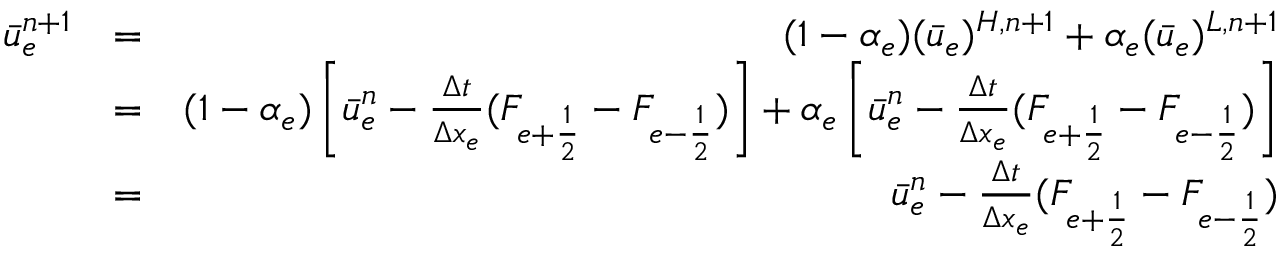
\begin{array} { r l r } { \bar { u } _ { e } ^ { n + 1 } } & { = } & { ( 1 - \alpha _ { e } ) ( \bar { u } _ { e } ) ^ { H , n + 1 } + \alpha _ { e } ( \bar { u } _ { e } ) ^ { L , n + 1 } } \\ & { = } & { ( 1 - \alpha _ { e } ) \left[ \bar { u } _ { e } ^ { n } - \frac { \Delta t } { \Delta x _ { e } } ( F _ { e + \frac { 1 } { 2 } } - F _ { e - \frac { 1 } { 2 } } ) \right] + \alpha _ { e } \left[ \bar { u } _ { e } ^ { n } - \frac { \Delta t } { \Delta x _ { e } } ( F _ { e + \frac { 1 } { 2 } } - F _ { e - \frac { 1 } { 2 } } ) \right] } \\ & { = } & { \bar { u } _ { e } ^ { n } - \frac { \Delta t } { \Delta x _ { e } } ( F _ { e + \frac { 1 } { 2 } } - F _ { e - \frac { 1 } { 2 } } ) } \end{array}